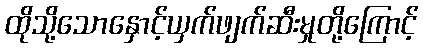
ထိုသို့သောနှောင့်ယှက်ဖျက်ဆီးမှုတို့ကြောင့်